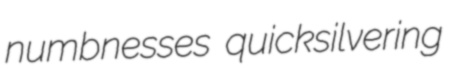
numbnesses quicksilvering